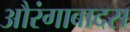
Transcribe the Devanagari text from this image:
औरंगाबादस